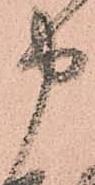
申